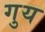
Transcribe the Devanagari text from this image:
गुय